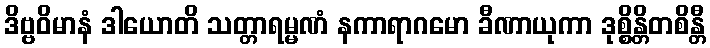
ဒိဗ္ဗဝိမာနံ ဒါယောတိ သတ္တာရမ္မဏံ နကာရာဂမော ခီဏာယုကာ ဒုစ္စိန္တိတစိန္တီ